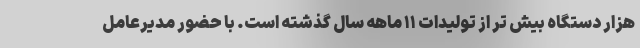
هزار دستگاه بیش تر از تولیدات ۱۱ ماهه سال گذشته است. با حضور مدیرعامل